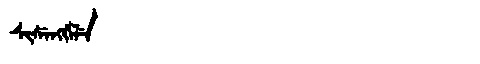
Manchu: ᠰᡳᠰᡝᠩᡤᡝᠯᡝ
Romanization: SISENGGELE